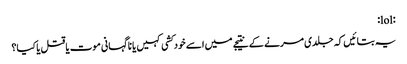
:lol:
یہ بتائیں کہ جلدی مرنے کے نتیجے میں اسے خود کشی کہیں یا نا گہانی موت یا قتل یا کیا؟